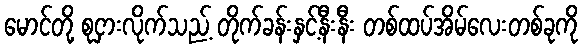
မောင်တို့ စုငှားလိုက်သည့် တိုက်ခန်းနှင့်နီးနီး တစ်ထပ်အိမ်လေးတစ်ခုကို